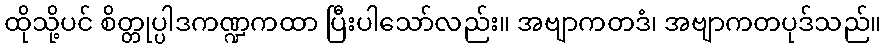
ထိုသို့ပင် စိတ္တုပ္ပါဒကဏ္ဍကထာ ပြီးပါသော်လည်း။ အဗျာကတဒံ၊ အဗျာကတပုဒ်သည်။